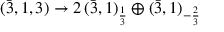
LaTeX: ( { \bar { 3 } } , 1 , 3 ) \rightarrow 2 \, ( { \bar { 3 } } , 1 ) _ { \frac { 1 } { 3 } } \oplus ( { \bar { 3 } } , 1 ) _ { - { \frac { 2 } { 3 } } }